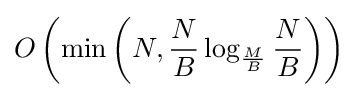
O\left(\min \left(N,{\frac {N}{B}}\log _{\frac {M}{B}}{\frac {N}{B}}\right)\right)